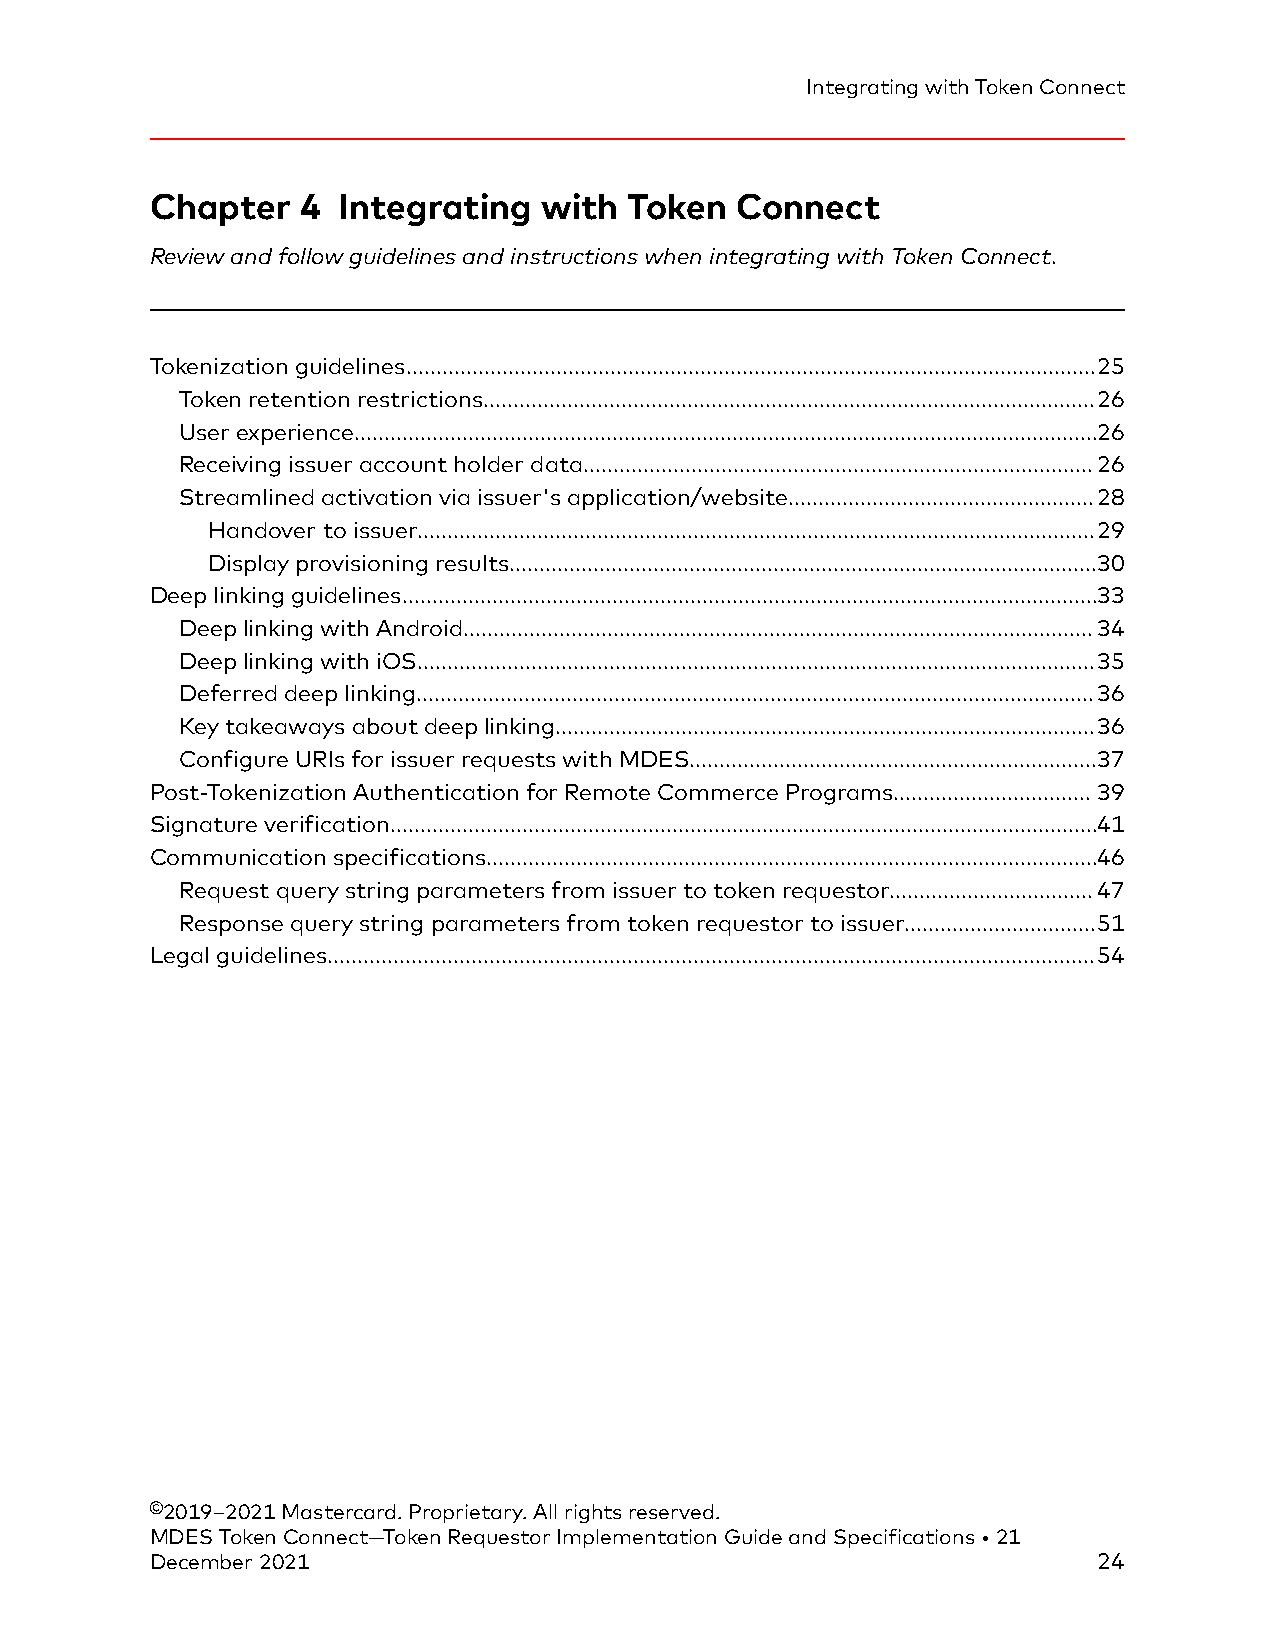
Integrating with Token Connect
 Chapter   4 Integrating   with  Token  Connect
 Review and follow guidelines and instructions when integrating with Token Connect.
 Tokenization guidelines...................................................................................................................25
 Token retention restrictions......................................................................................................26
 User experience............................................................................................................................26
 Receiving issuer account holder data.....................................................................................26
 Streamlined activation via issuer's application/website...................................................28
 Handover to issuer.................................................................................................................29
 Display provisioning results..................................................................................................30
 Deep linking guidelines....................................................................................................................33
 Deep linking with Android.........................................................................................................34
 Deep linking with iOS.................................................................................................................35
 Deferred deep linking.................................................................................................................36
 Key takeaways about deep linking..........................................................................................36
 Configure URIs for issuer requests with MDES....................................................................37
 Post-Tokenization Authentication for Remote Commerce Programs.................................39
 Signature verification......................................................................................................................41
 Communication specifications......................................................................................................46
 Request query string parameters from issuer to token requestor..................................47
 Response query string parameters from token requestor to issuer................................51
 Legal guidelines................................................................................................................................54
 ©2019–2021 Mastercard. Proprietary. All rights reserved.
 MDES Token Connect—Token Requestor Implementation Guide and Specifications • 21
 December 2021                                                  24